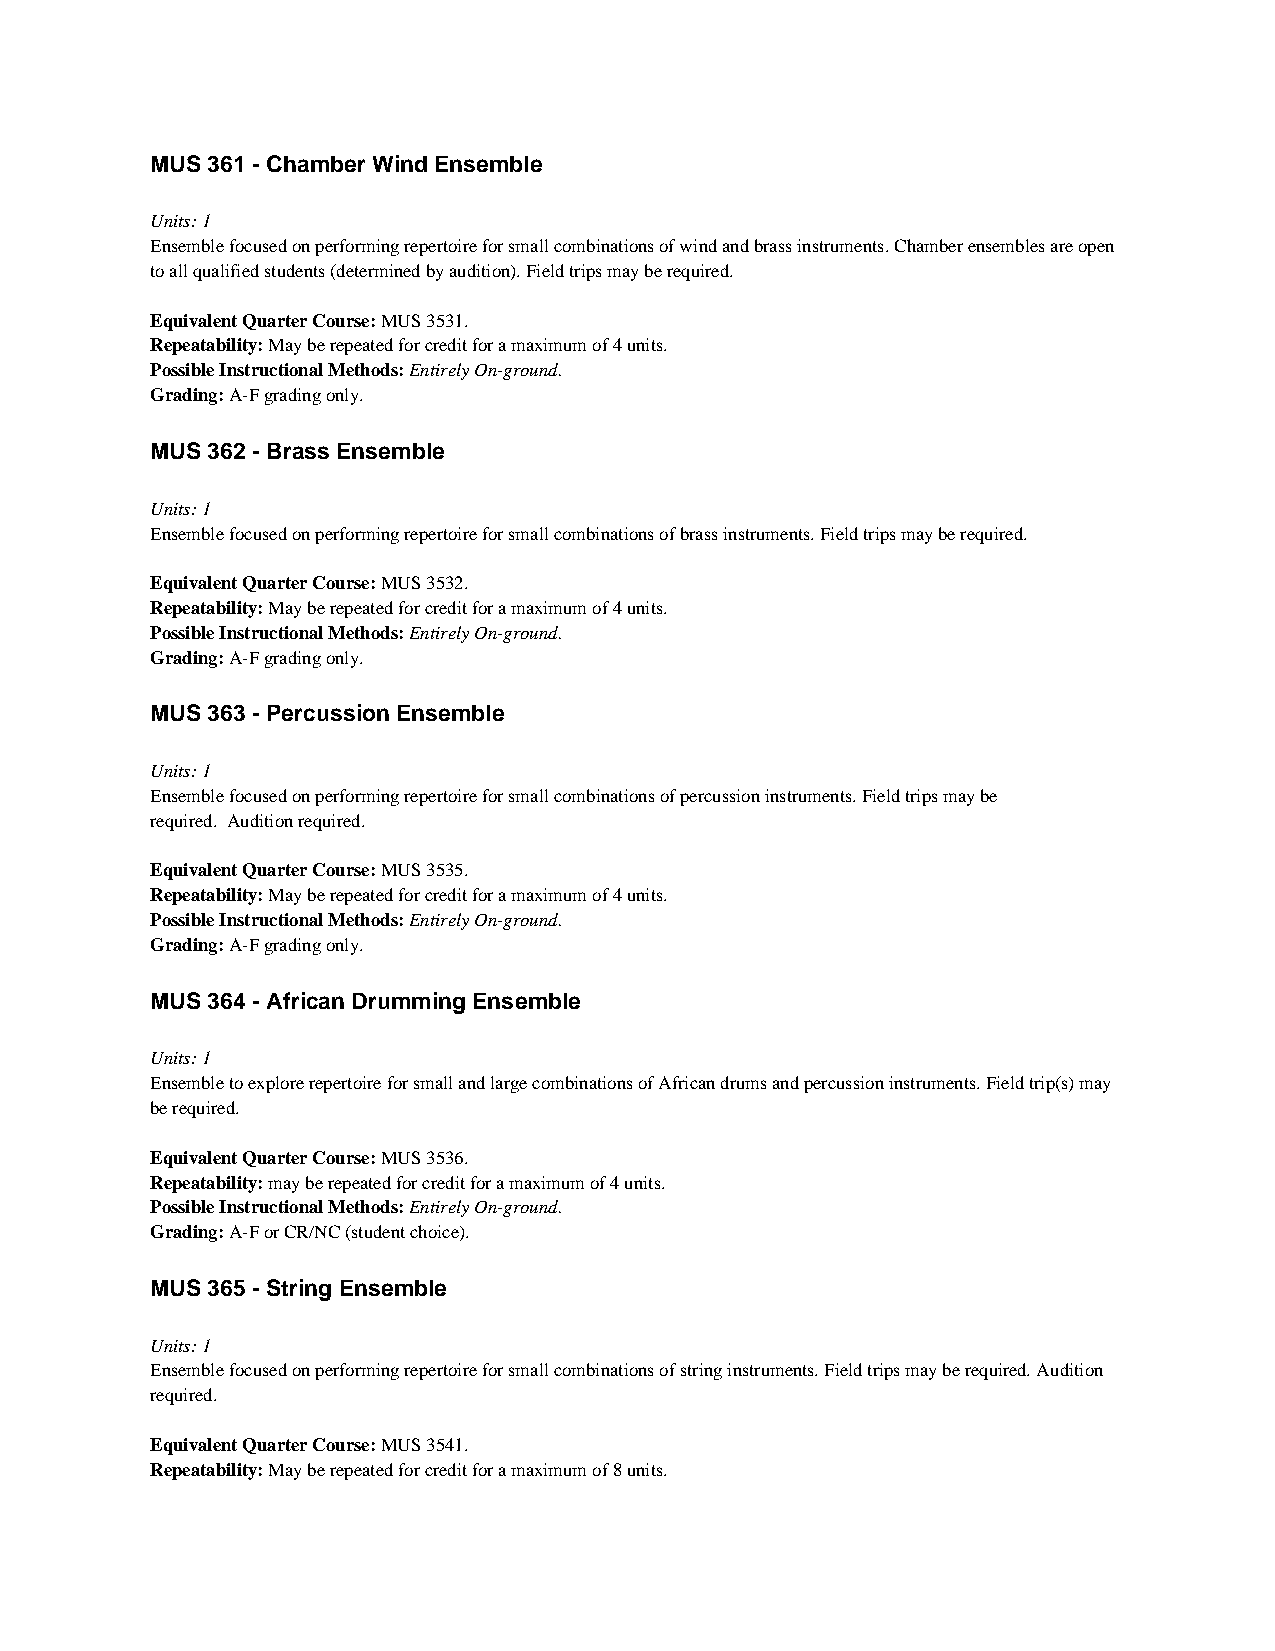
MUS 361 - Chamber Wind Ensemble
 Units: 1
 Ensemble focused on performing repertoire for small combinations of wind and brass instruments. Chamber ensembles are open
 to all qualified students (determined by audition). Field trips may be required.
 Equivalent Quarter Course: MUS 3531.
 Repeatability: May be repeated for credit for a maximum of 4 units.
 Possible Instructional Methods: Entirely On-ground.
 Grading: A-F grading only.
 MUS 362 - Brass Ensemble
 Units: 1
 Ensemble focused on performing repertoire for small combinations of brass instruments. Field trips may be required.
 Equivalent Quarter Course: MUS 3532.
 Repeatability: May be repeated for credit for a maximum of 4 units.
 Possible Instructional Methods: Entirely On-ground.
 Grading: A-F grading only.
 MUS 363 - Percussion Ensemble
 Units: 1
 Ensemble focused on performing repertoire for small combinations of percussion instruments. Field trips may be
 required. Audition required.
 Equivalent Quarter Course: MUS 3535.
 Repeatability: May be repeated for credit for a maximum of 4 units.
 Possible Instructional Methods: Entirely On-ground.
 Grading: A-F grading only.
 MUS 364 - African Drumming Ensemble
 Units: 1
 Ensemble to explore repertoire for small and large combinations of African drums and percussion instruments. Field trip(s) may
 be required.
 Equivalent Quarter Course: MUS 3536.
 Repeatability: may be repeated for credit for a maximum of 4 units.
 Possible Instructional Methods: Entirely On-ground.
 Grading: A-F or CR/NC (student choice).
 MUS 365 - String Ensemble
 Units: 1
 Ensemble focused on performing repertoire for small combinations of string instruments. Field trips may be required. Audition
 required.
 Equivalent Quarter Course: MUS 3541.
 Repeatability: May be repeated for credit for a maximum of 8 units.